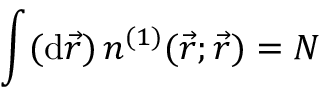
{ \int ( \mathrm { d } \vec { r } ) \, n ^ { ( 1 ) } ( \vec { r } ; \vec { r } ) = N }